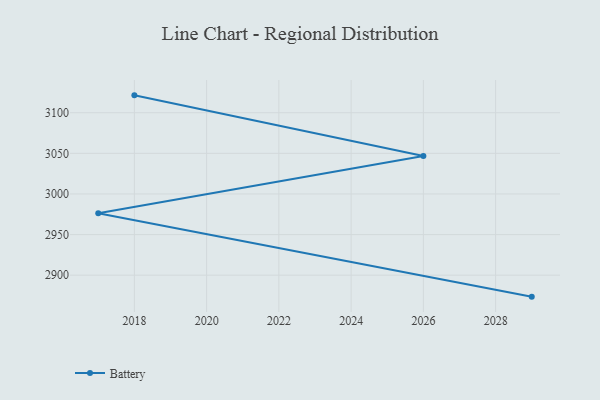
{"axis": {"x": "Year", "y": "Budget (USD K)"}, "legend": ["Battery"], "data": [{"x": "2018", "y": 3121.4, "type": "Battery"}, {"x": "2026", "y": 3046.8, "type": "Battery"}, {"x": "2017", "y": 2976.2, "type": "Battery"}, {"x": "2029", "y": 2873.6, "type": "Battery"}]}